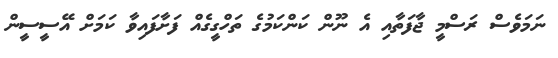
ނަމަވެސް ރަސްމީ ޖާފަތާއި އެ ނޫން ކަންކަމުގެ ތަހްގީގެއް ފަށާފައިވާ ކަމަށް އޭސީސީން